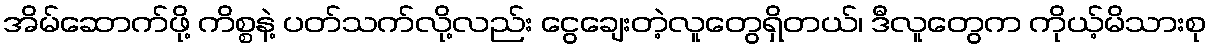
အိမ်ဆောက်ဖို့ ကိစ္စနဲ့ ပတ်သက်လို့လည်း ငွေချေးတဲ့လူတွေရှိတယ်၊ ဒီလူတွေက ကိုယ့်မိသားစု